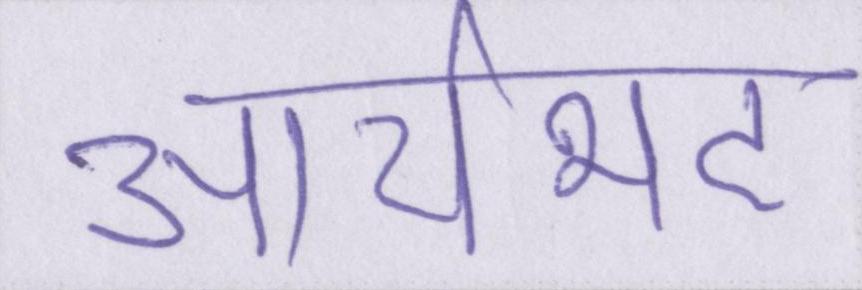
आर्यभट